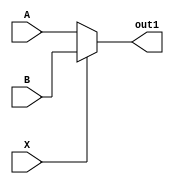
module multiplex_behaviour (
    A,
    B,
    X,
    out1
);
  input A, B, X;
  output reg out1;
  // procedure block
  // the code enclosed in always block will be executed in every clock cycle
  always @(*) begin
    if (X == 0) out1 = A;
    else out1 = B;
  end
endmodule